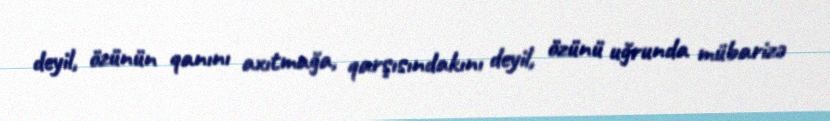
deyil, özünün qanını axıtmağa, qarşısındakını deyil, özünü uğrunda mübarizə